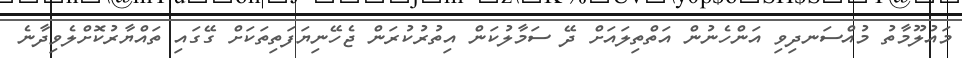
މައުލޫމާތު މުއްސަނދިވި އަންހެނުން އަތްތިލައަށް ދޭ ސަމާލުކަން އިތުރުކުރަން ޖެހޭނިޔަފަތިތަކަށް ގޭގައި ތައްޔާރުކޮށްލެވިދާނެ